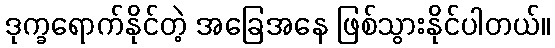
ဒုက္ခရောက်နိုင်တဲ့ အခြေအနေ ဖြစ်သွားနိုင်ပါတယ်။